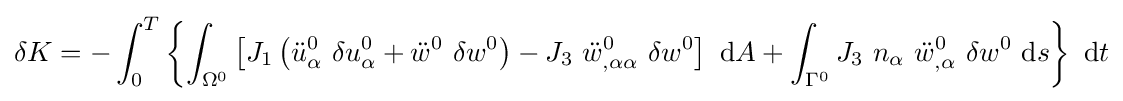
\delta K=-\int _{0}^{T}\left\{\int _{\Omega ^{0}}\left[J_{1}\left({\ddot {u}}_{\alpha }^{0}~\delta u_{\alpha }^{0}+{\ddot {w}}^{0}~\delta w^{0}\right)-J_{3}~{\ddot {w}}_{,\alpha \alpha }^{0}~\delta w^{0}\right]~\mathrm {d} A+\int _{\Gamma ^{0}}J_{3}~n_{\alpha }~{\ddot {w}}_{,\alpha }^{0}~\delta w^{0}~\mathrm {d} s\right\}~\mathrm {d} t